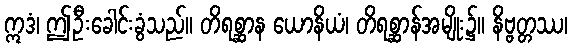
ဣဒံ၊ ဤဦးခေါင်းခွံသည်။ တိရစ္ဆာန ယောနိယံ၊ တိရစ္ဆာန်အမျိုး၌။ နိဗ္ဗတ္တဿ၊